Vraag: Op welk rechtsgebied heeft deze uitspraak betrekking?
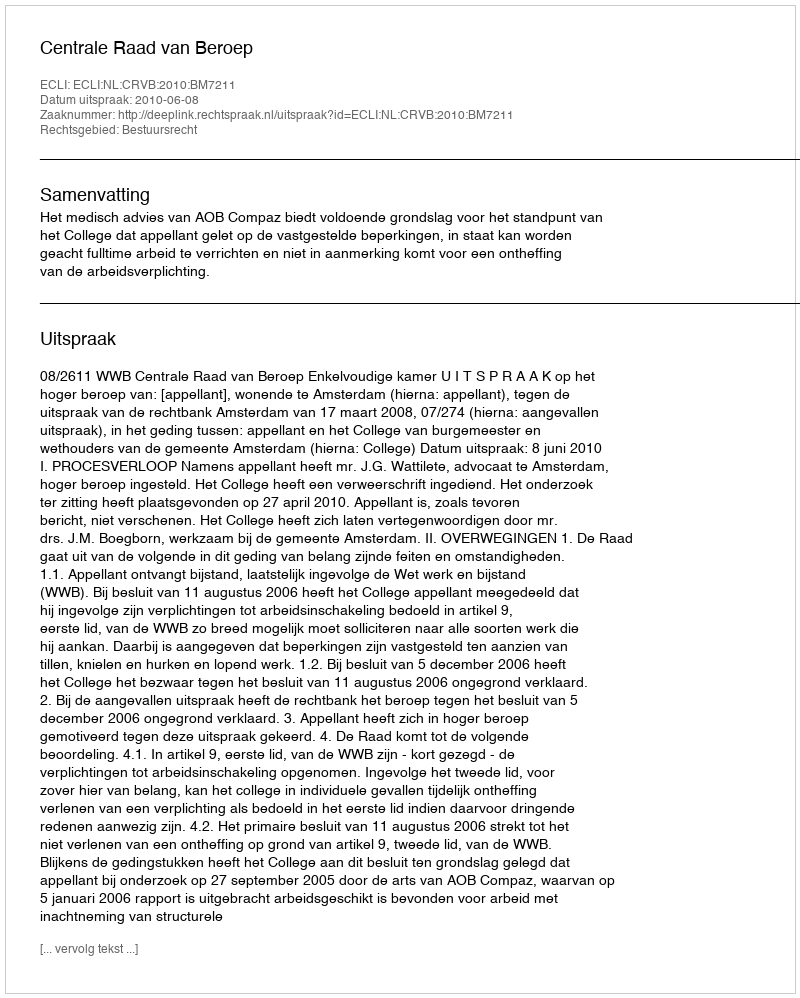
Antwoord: Bestuursrecht